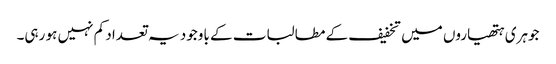
جوہری ہتھیاروں میں تخفیف کے مطالبات کے باوجود یہ تعداد کم نہیں ہو رہی۔